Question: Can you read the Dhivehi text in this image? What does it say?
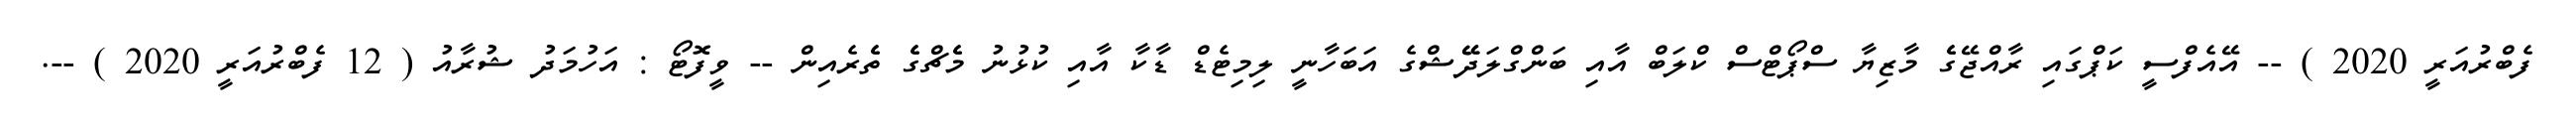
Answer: ފެބްރުއަރީ 2020 ) -- އޭއެފްސީ ކަޕްގައި ރާއްޖޭގެެ މާޒިޔާ ސްޕޯޓްސް ކްލަބް އާއި ބަންގްލަދޭޭޝްގެ އަބަހާނީ ލިމިޓެޑް ޑާކާ އާއި ކުޅުނު މެެޗްގެެ ތެެރެއިން -- ވީފޮޓޯ : އަހުމަދު ޝުރާއު ( 12 ފެބްރުއަރީ 2020 ) --.